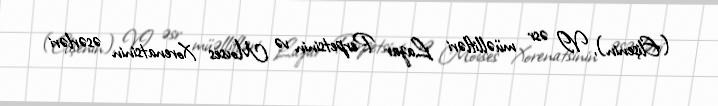
(Elişenin), VI əsr müəllifləri Lazar Perpetsinin və Movses Xorenatsinin əsərləri